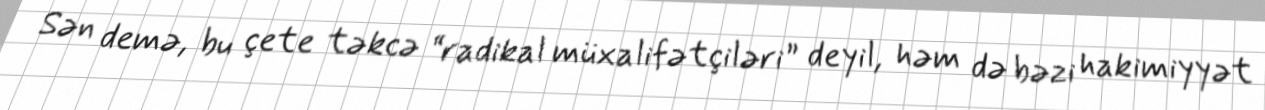
Sən demə, bu çete təkcə “radikal müxalifətçiləri” deyil, həm də bəzi hakimiyyət